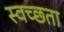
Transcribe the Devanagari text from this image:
स्वच्‍छता